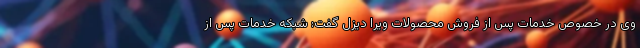
وی در خصوص خدمات پس از فروش محصولات ویرا دیزل گفت: شبکه خدمات پس از